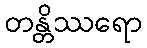
တန္တိဿရော